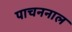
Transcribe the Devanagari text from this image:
पाचननाल